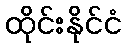
ထိုင်းနိုင်ငံ